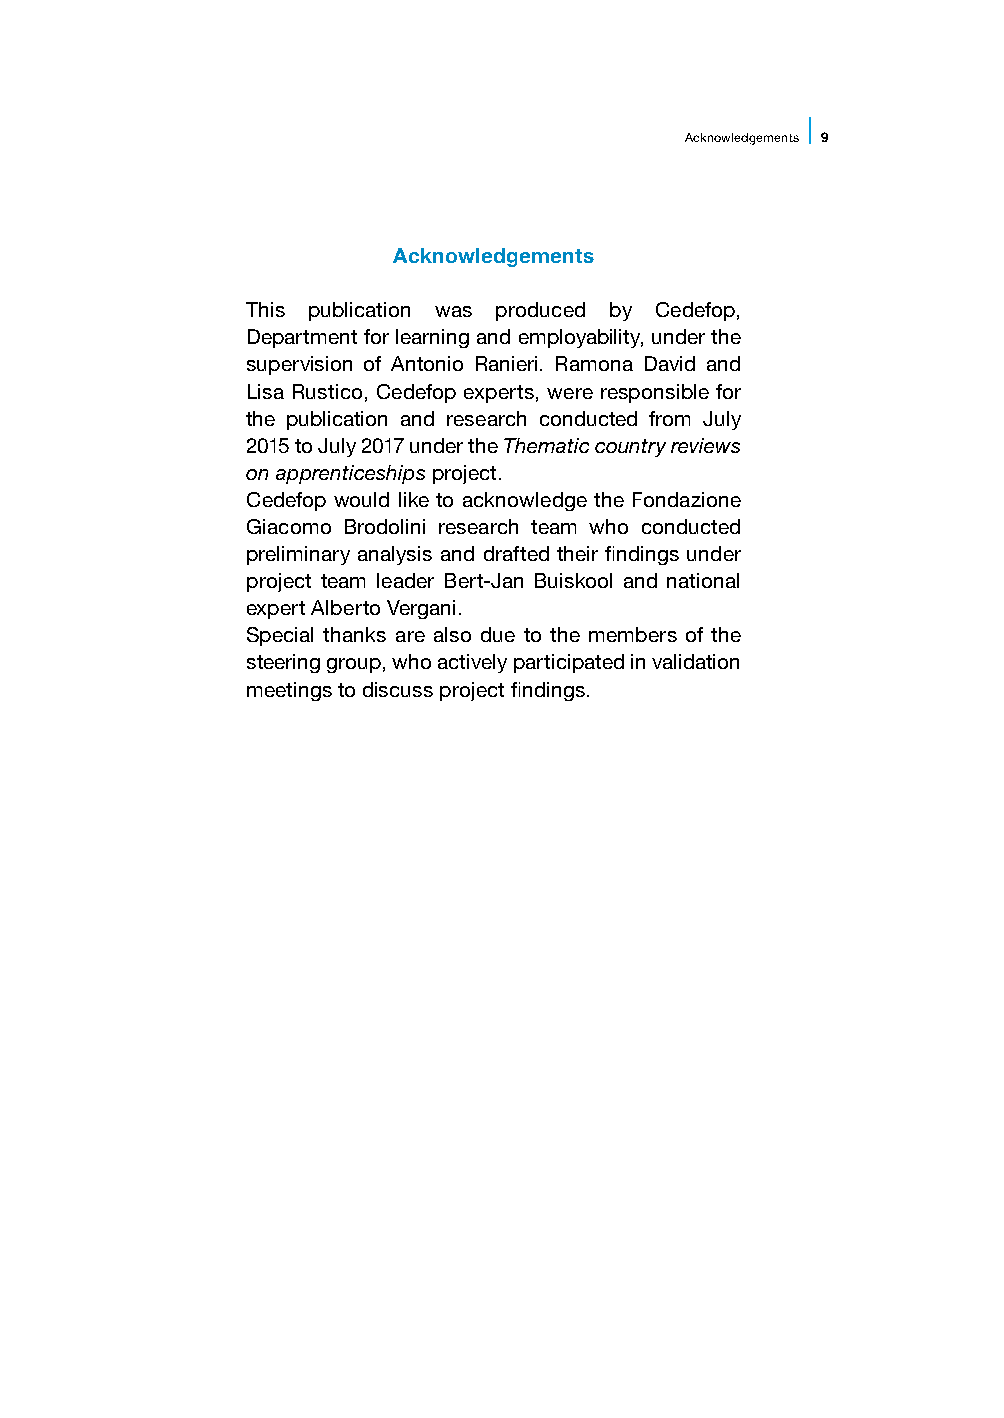
Acknowledgements 9
 Acknowledgements
 This publication was produced by Cedefop,
 Department for learning and employability, under the
 supervision of Antonio Ranieri. Ramona David and
 Lisa Rustico, Cedefop experts, were responsible for
 the publication and research conducted from July
 2015 to July 2017 under the Thematic country reviews
 on apprenticeships project.
 Cedefop would like to acknowledge the Fondazione
 Giacomo Brodolini research team who conducted
 preliminary analysis and drafted their findings under
 project team leader Bert-Jan Buiskool and national
 expert Alberto Vergani.
 Special thanks are also due to the members of the
 steering group, who actively participated in validation
 meetings to discuss project findings.